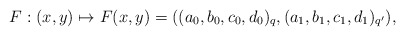
\begin{align*}F : (x,y) \mapsto F(x,y) = ((a_0,b_0,c_0,d_0)_q, (a_1,b_1,c_1,d_1)_{q'}),\end{align*}